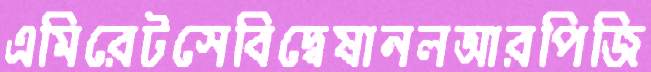
এমিরেটসেবিদ্বেষানলআরপিজি